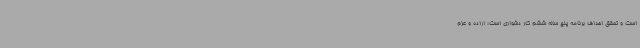
است و تحقق اهداف برنامه پنج ساله ششم کار دشواری است؛ اراده و عزم